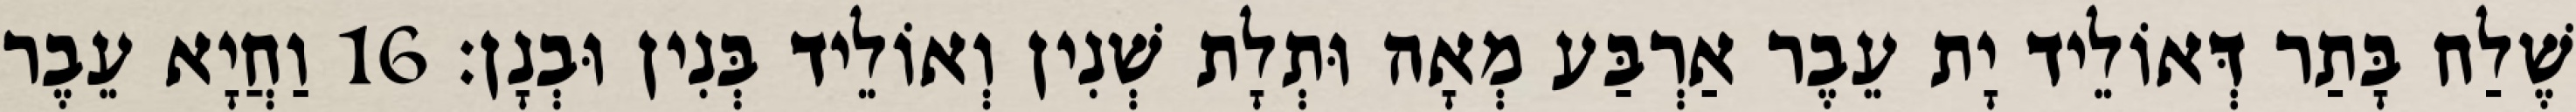
שֶׁלַח בָּתַר דְּאוֹלֵיד יָת עֵבֶר אַרְבַּע מְאָה וּתְלָת שְׁנִין וְאוֹלֵיד בְּנִין וּבְנָן׃ 16 וַחֲיָא עֵבֶר